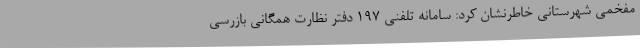
مفخمی شهرستانی خاطرنشان کرد: سامانه تلفنی 197 دفتر نظارت همگانی بازرسی